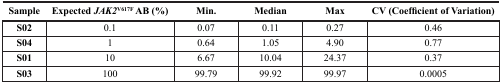
| Sample | Expected JAK2V617FAB (%) | Min. | Median | Max | CV (Coefficient of Variation) |
 | --- | --- | --- | --- | --- | --- |
 | S02 | 0.1 | 0.07 | 0.11 | 0.27 | 0.46 |
 | S04 | 1 | 0.64 | 1.05 | 4.90 | 0.77 |
 | S01 | 10 | 6.67 | 10.04 | 24.37 | 0.37 |
 | S03 | 100 | 99.79 | 99.92 | 99.97 | 0.0005 |